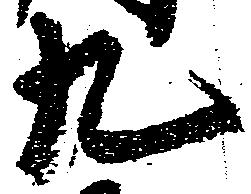
九